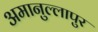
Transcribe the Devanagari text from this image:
अमानुल्लापुर